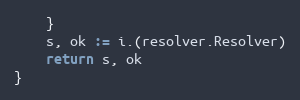
Language: Go
	}
	s, ok := i.(resolver.Resolver)
	return s, ok
}